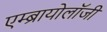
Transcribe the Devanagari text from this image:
एम्ब्रायोलाॅजी